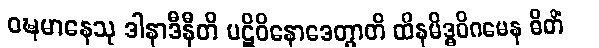
ဝဍ္ဎမာနေသု ဒါနာဒီနီတိ ပဋိဝိနောဒေတွာတိ ထိနမိဒ္ဓဝိဂမေန ဓိတိံ